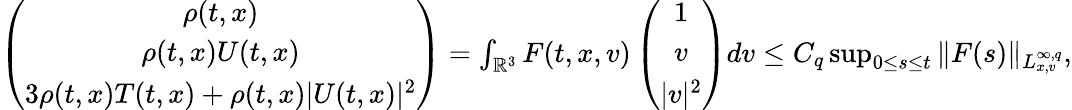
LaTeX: \begin{array}{r}{\left(\begin{array}{ccc}{\rho(t,x)}\\ {\rho(t,x)U(t,x)}\\ {3\rho(t,x)T(t,x)+\rho(t,x)|U(t,x)|^{2}}\end{array}\right)=\int_{\mathbb{R}^{3}}F(t,x,v)\left(\begin{array}{ccc}{1}\\ {v}\\ {|v|^{2}}\end{array}\right)dv\leq C_{q}\operatorname*{sup}_{0\leq s\leq t}\| F(s)\| _{L_{x,v}^{\infty,q}},}\end{array}